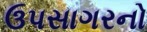
ઉપસાગરનો